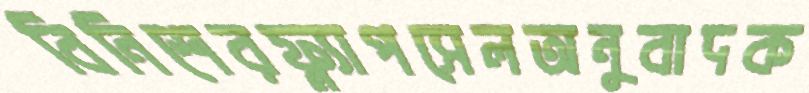
বিনিশেরফ্ল্যাপসেলঅনুবাদক